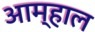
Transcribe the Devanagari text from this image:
आम्हाल